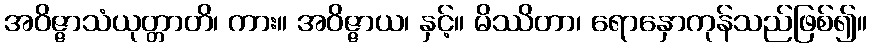
အဝိဇ္ဇာသံယုတ္တာတိ၊ ကား။ အဝိဇ္ဇာယ၊ နှင့်။ မိဿိတာ၊ ရောနှောကုန်သည်ဖြစ်၍။